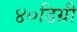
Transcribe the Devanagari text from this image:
४०डिग्री